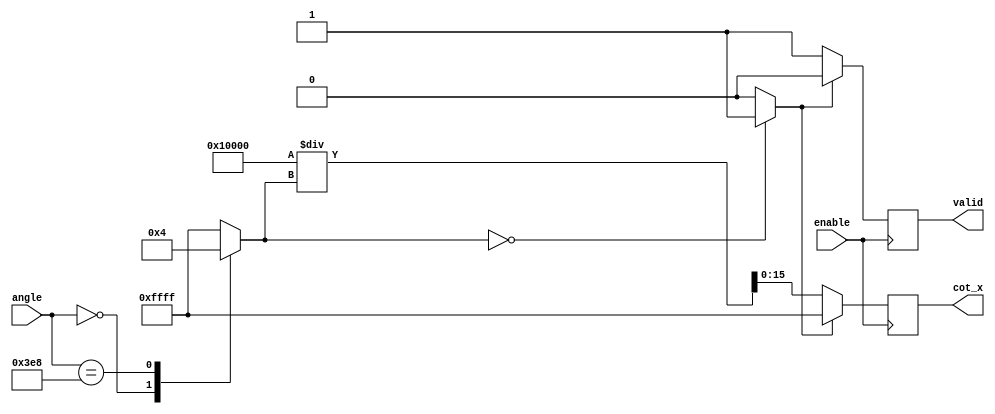
module cotangent_block (
    input wire [15:0] angle,      // Input angle in fixed-point format (16-bit)
    input wire enable,            // Enable signal
    output reg [15:0] cot_x,      // Output cotangent value in fixed-point format
    output reg valid              // Output valid signal
);

    wire [15:0] tan_x;
    reg [15:0] tan_x_inv;          // Inverse of tan_x, to avoid division by zero
    reg tan_zero;                  // Flag to check if tan(x) is zero

    // Simple lookup for tangent values, replace with CORDIC or Taylor series
    function [15:0] tan_lookup(input [15:0] angle);
        begin
            // Pseudo code for tangent lookup based on fixed angles
            case(angle)
                16'h0000: tan_lookup = 16'h0000; // tan(0) = 0
                16'h03E8: tan_lookup = 16'h0004; // tan(/4) = 1 (0.25 in fixed)
                // Add additional look-up values as needed
                default: tan_lookup = 16'hFFFF; // Handle undefined (approximation)
            endcase
        end
    endfunction

    // Compute tangent
    assign tan_x = tan_lookup(angle);

    // Check if tan_x is zero
    always @(*) begin
        if (tan_x == 16'h0000) begin
            tan_zero = 1'b1; // Flag if tan_x is zero
        end else begin
            tan_zero = 1'b0;
        end
    end

    // Compute cotangent in the always block
    always @(posedge enable) begin
        if (tan_zero) begin
            cot_x = 16'hFFFF; // Output infinity or error code (e.g., 0xFFFF)
            valid = 1'b0; // Not a valid output
        end else begin
            tan_x_inv = {16'h0001, 16'h0000} / tan_x; // Approximate reciprocal
            cot_x = tan_x_inv;
            valid = 1'b1; // Valid output when cot_x is calculated
        end
    end

endmodule